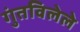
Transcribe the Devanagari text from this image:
गुंतविलेले